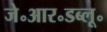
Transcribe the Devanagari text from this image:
जे॰आर॰डब्लू॰